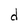
Character: d